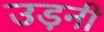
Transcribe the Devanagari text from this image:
उड़नी